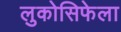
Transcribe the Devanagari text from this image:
लुकोसिफेला